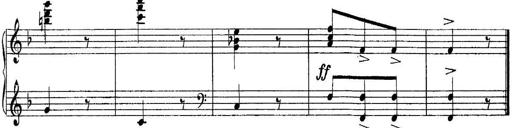
Title: Quatres sonatines
Composer: Tadeusz Joteyko